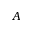
A